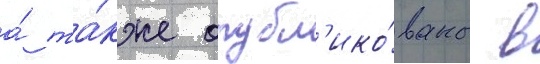
а́ та́кже опубл'ико́ваны в